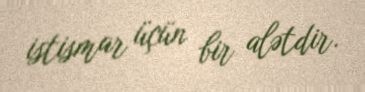
istismar üçün bir alətdir.